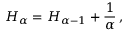
H _ { \alpha } = H _ { \alpha - 1 } + { \frac { 1 } { \alpha } } \, ,